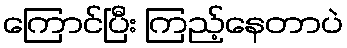
ကြောင်ပြီး ကြည့်နေတာပဲ